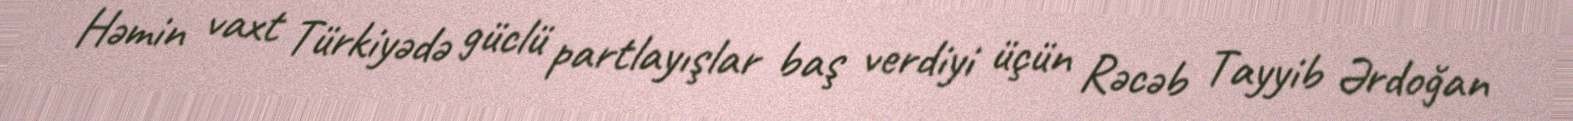
Həmin vaxt Türkiyədə güclü partlayışlar baş verdiyi üçün Rəcəb Tayyib Ərdoğan